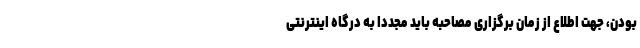
بودن، جهت اطلاع از زمان برگزاری مصاحبه باید مجدداً به درگاه اینترنتی